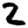
Digit: 2